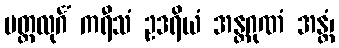
မတ္တလုင်္ဂံ ကရီသံ ဥဒရိယံ အန္တဂုဏံ အန္တံ၊